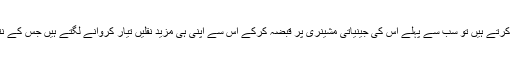
یہ بات سبھی جانتے ہیں کہ وائرس جب کسی جاندار پر حملہ کرتے ہیں تو سب سے پہلے اس کی جینیاتی مشینری پر قبضہ کرکے اس سے اپنی ہی مزید نقلیں تیار کروانے لگتے ہیں جس کے نتیجے میں جاندار بیمار پڑجاتا ہے اور ہلاک بھی ہوسکتا ہے۔